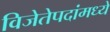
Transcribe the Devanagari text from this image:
विजेतेपदांमध्ये